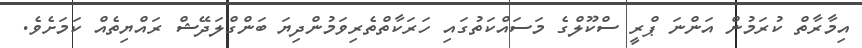
އިމާރާތް ކުރަމުން އަންނަ ޕްރީ ސްކޫލްގެ މަސައްކަތުގައި ހަރަކާތްތެރިވަމުންދިޔަ ބަންގްލަދޭޝް ރައްޔިތެއް ކަމަށެވެ.